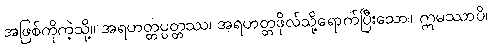
အဖြစ်ကိုကဲ့သို့။ အရဟတ္တပ္ပတ္တဿ၊ အရဟတ္တဖိုလ်သို့ရောက်ပြီးသော။ ဣမဿာပိ၊